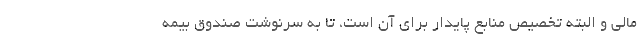
مالی و البته تخصیص منابع پایدار برای آن است، تا به سرنوشت صندوق بیمه